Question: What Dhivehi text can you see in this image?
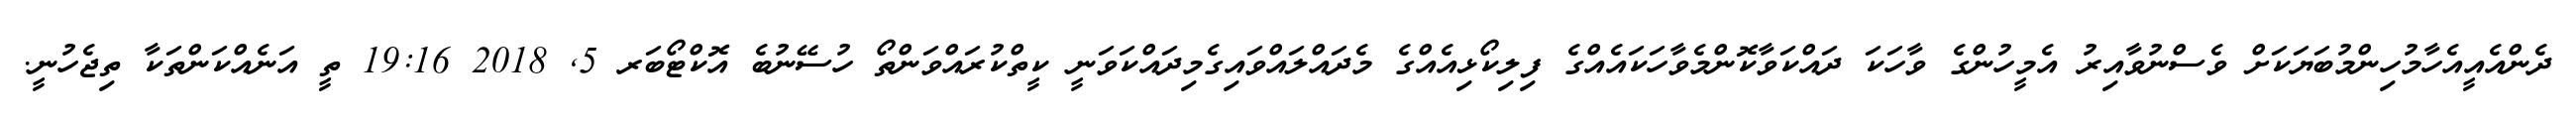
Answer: ދެންއެއީއެހާމުހިންމުބަޔަކަށް ވެސްނުވާއިރު އެމީހުންގެ ވާހަކަ ދައްކަވާކޮންމެވާހަކައެއްގެ ފިލިކޯޅިއެއްގެ މެދައްލައްވައިގެމިދައްކަވަނީ ކީތްކުރައްވަންތޯ ހުސޭނުބެ އޮކްޓޯބަރ 5, 2018 19:16 ތީ އަނެއްކަންތަކާ ތިޖެހުނީ.